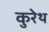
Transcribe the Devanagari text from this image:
कुरेथ